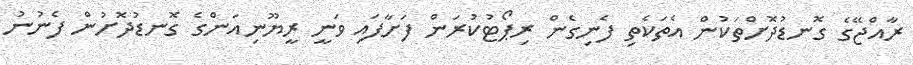
ރާއްޖޭގެ ގޮނޑުދޮށްތަކުން އެތަކެތި ފެނިގެން ރިޕޯޓުކުރަން ފަށާފައި ވަނީ ރީޔޫނިއަންގެ ގޮނޑުދޮށުން ފެނުނު